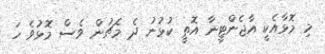
މި މޮޅާއެކީ އާޖެންޓީނާ އޮތީ ކުޅުނު ދެ މެޗުން ވެސް މޮޅުވެ ހަ